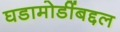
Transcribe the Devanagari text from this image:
घडामोडींबद्दल